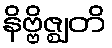
နိဗ္ဗိဇ္ဈတိ